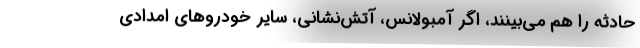
حادثه را هم می‌بینند، اگر آمبولانس، آتش‌نشانی، سایر خودروهای امدادی